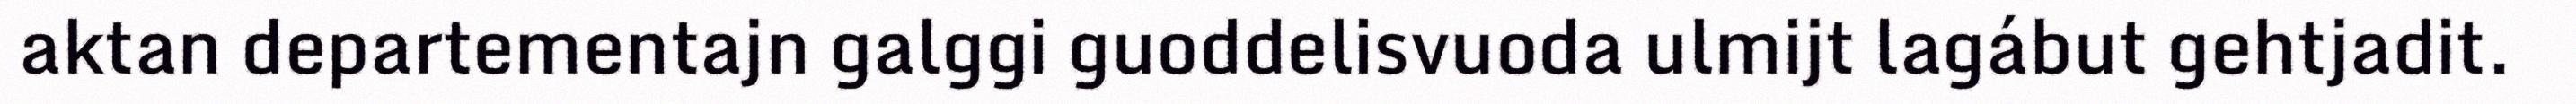
aktan departementajn galggi guoddelisvuoda ulmijt lagábut gehtjadit.